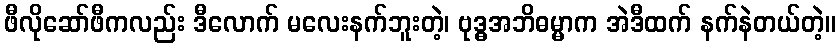
ဖီလိုဆော်ဖီကလည်း ဒီလောက် မလေးနက်ဘူးတဲ့၊ ဗုဒ္ဓအဘိဓမ္မာက အဲဒီထက် နက်နဲတယ်တဲ့။